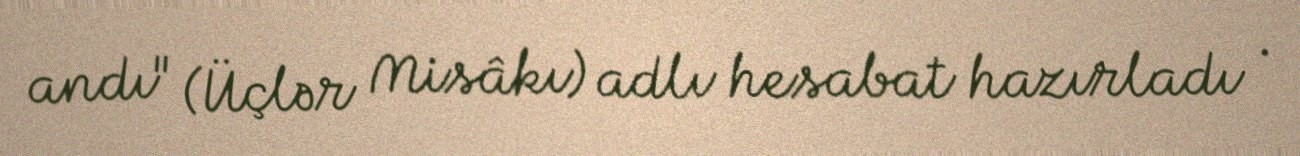
andı" (Üçlər Misâkı) adlı hesabat hazırladı .